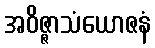
အဝိဇ္ဇာသံယောဇနံ